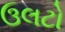
ઉલટો